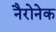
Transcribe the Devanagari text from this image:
नैरोनेक